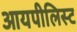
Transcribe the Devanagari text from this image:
आयपीलिस्ट